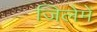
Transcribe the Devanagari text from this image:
जिलेमें